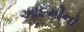
આદમીનો